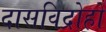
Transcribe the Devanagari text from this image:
दासविद्रोहों